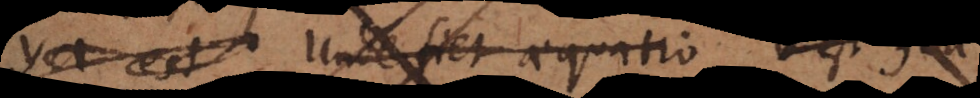
esse y Unde fiet aequatio b est